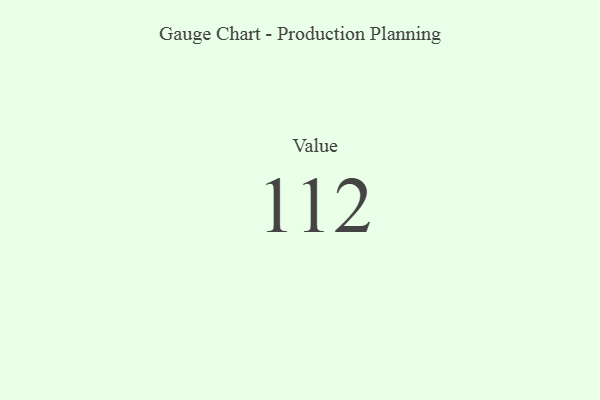
{"axis": {"x": "Metric", "y": "Value"}, "legend": [""], "data": [{"x": "Value", "y": 112, "type": ""}]}